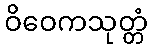
ဝိဝေကသုတ္တံ